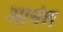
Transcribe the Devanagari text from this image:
ओनंत